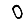
Digit: 0